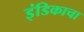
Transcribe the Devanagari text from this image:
इंडिकाचा